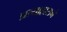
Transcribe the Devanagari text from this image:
प्रत्याहाराने